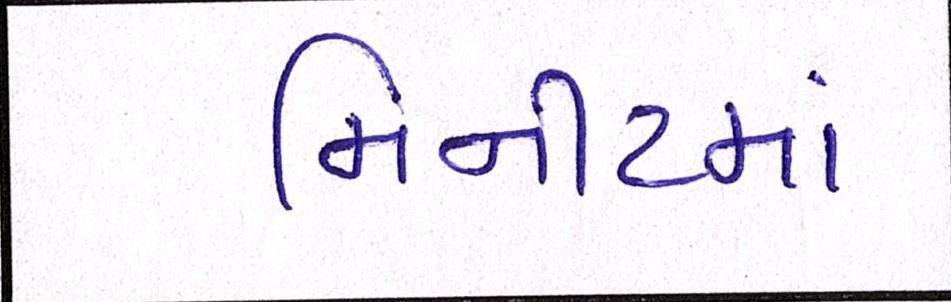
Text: મિનીટમાં